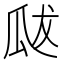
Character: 𭺘